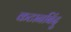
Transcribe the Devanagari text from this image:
कटानबिंदु